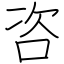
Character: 咨